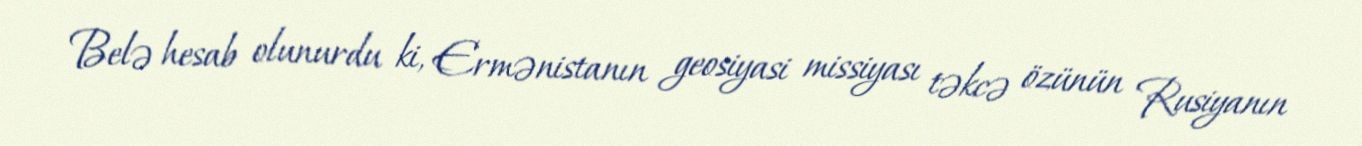
Belə hesab olunurdu ki, Ermənistanın geosiyasi missiyası təkcə özünün Rusiyanın